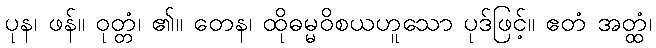
ပုန၊ ဖန်။ ဝုတ္တံ၊ ၏။ တေန၊ ထိုဓမ္မဝိစယဟူသော ပုဒ်ဖြင့်။ ဧတံ အတ္ထံ၊